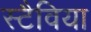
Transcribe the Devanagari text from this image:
स्टैविया